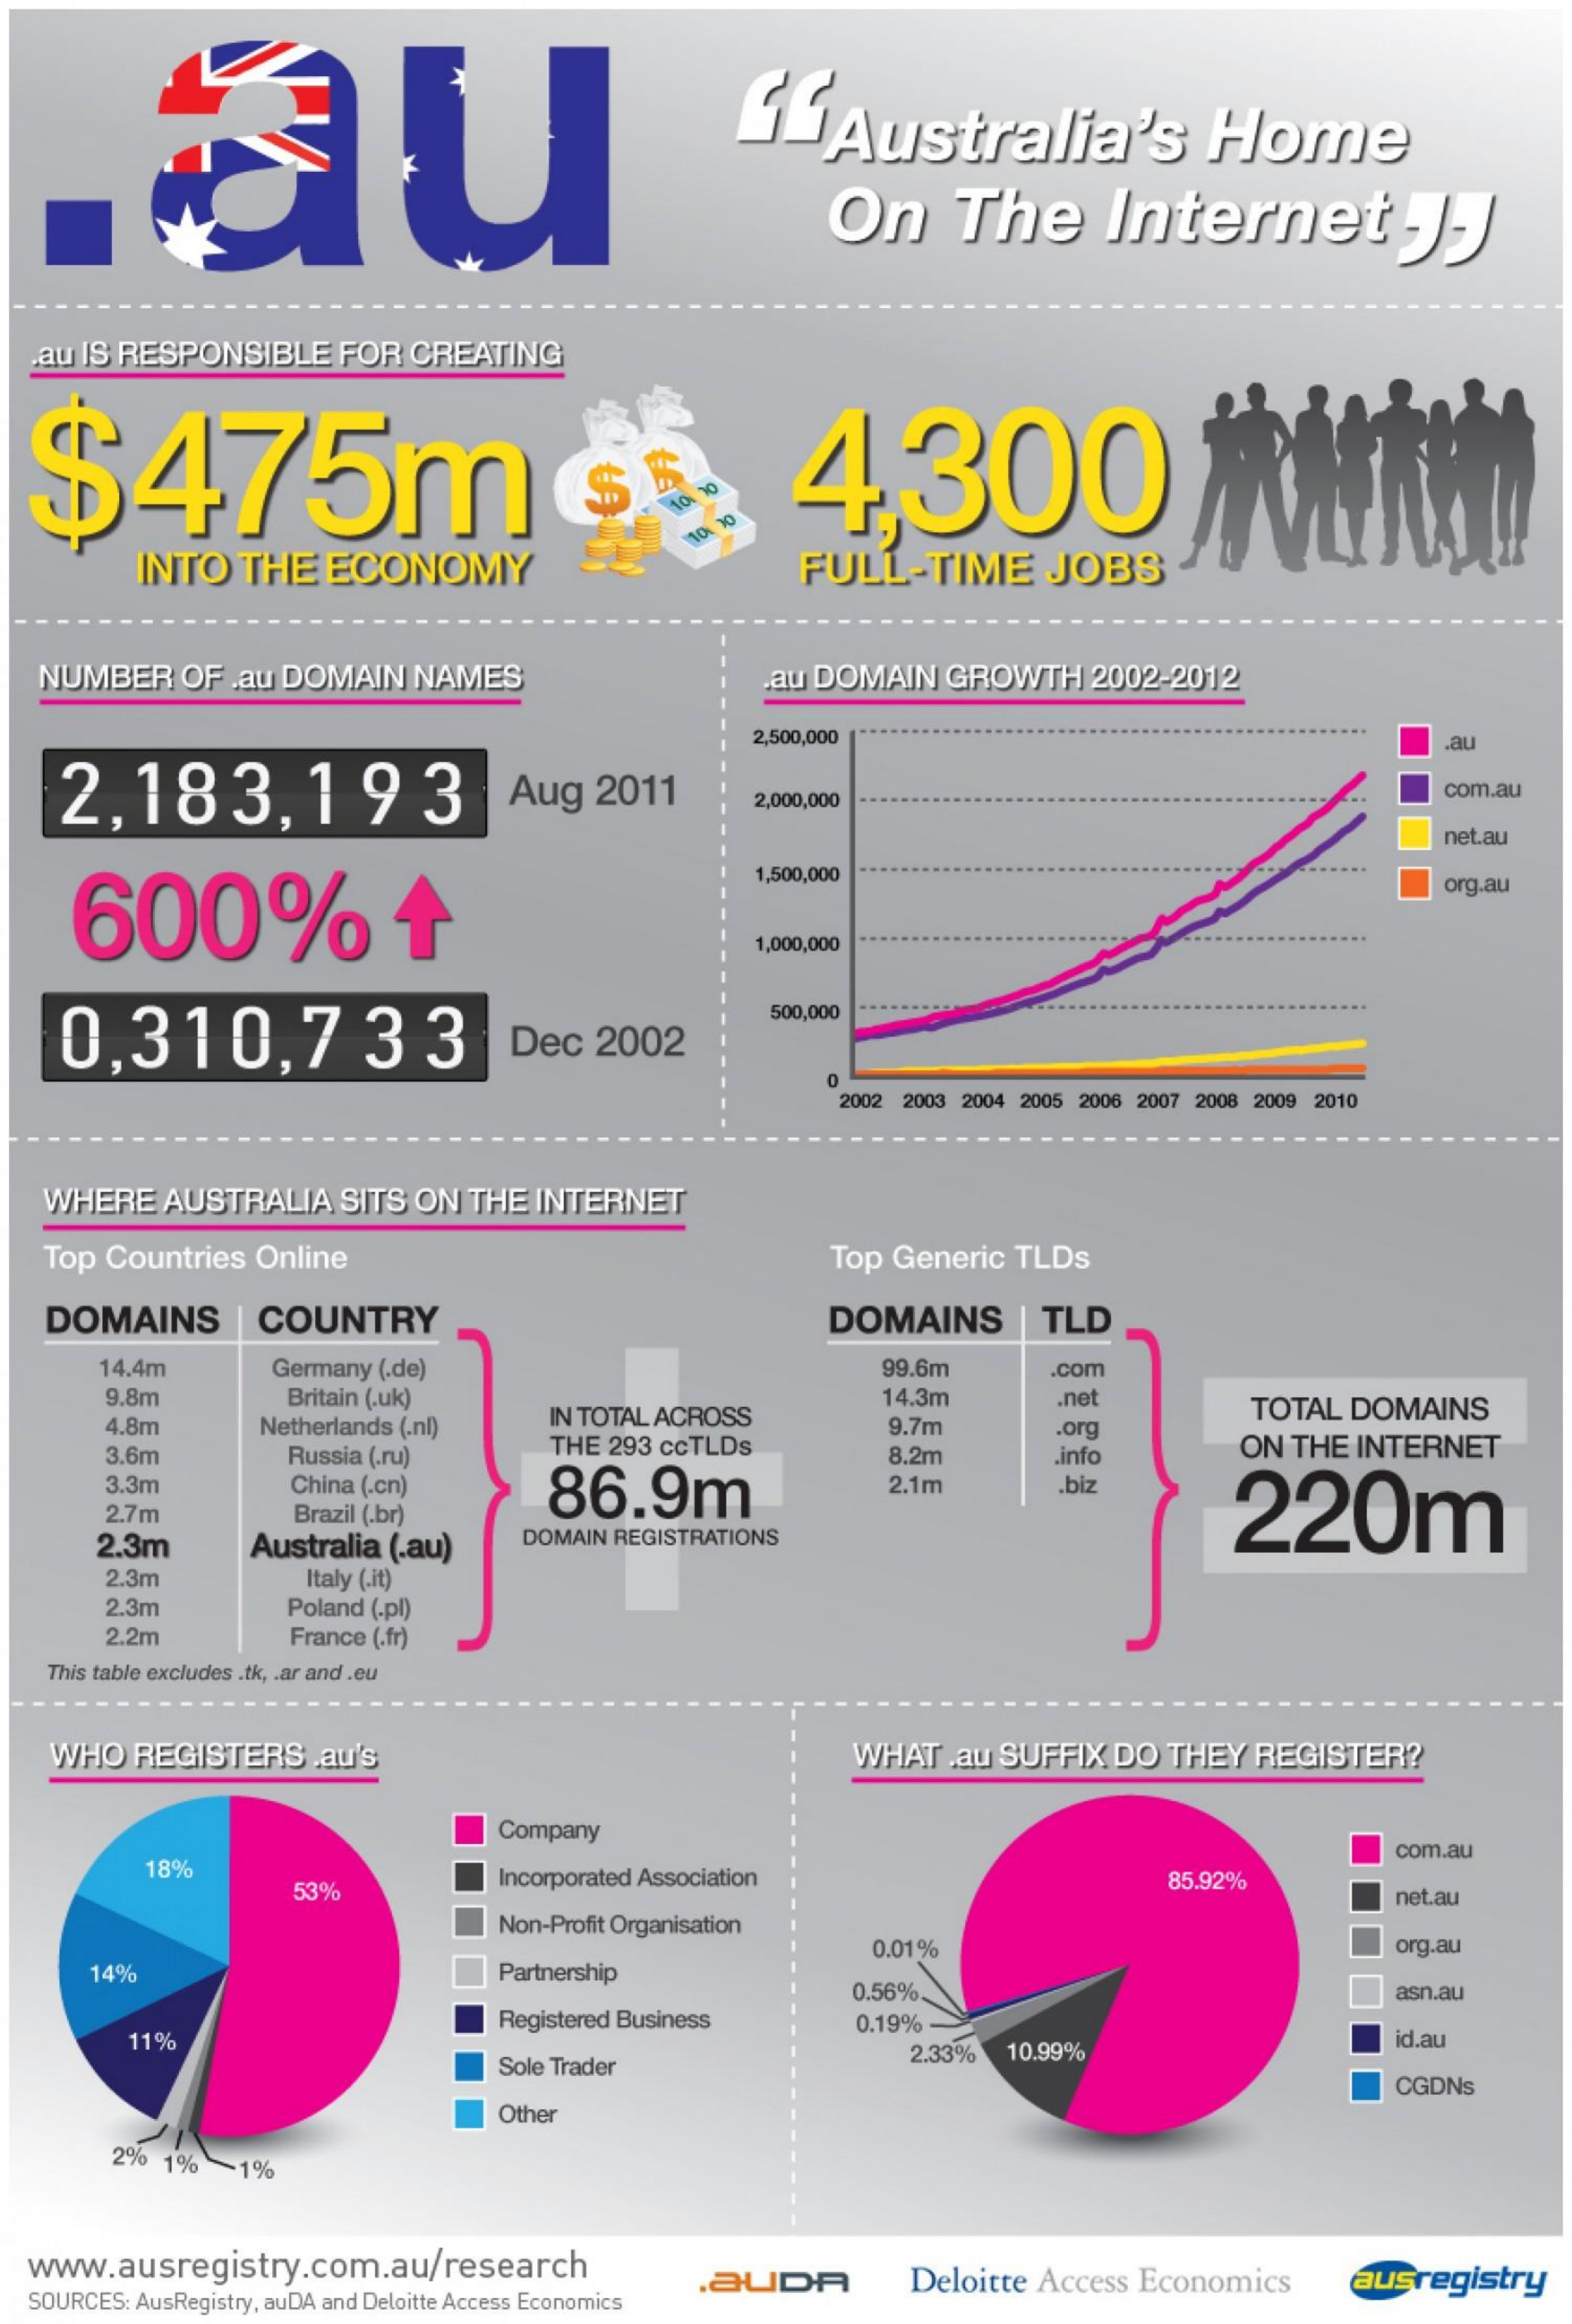
au    Australia's    Home
     On    The    Internet    .]
   .au IS RESPONSIBLE    FOR   CREATING
  $475m    4,300
     INTO    THE    ECONOMY    FULL-TIME    JOBS
   NUMBER    OF   au DOMAIN    NAMES    au  DOMAIN    GROWTH    2002-2012
     2,500,000    au
     2,183,193    Aug    2011    2,000,000    com.au
     net.au
     600%    +
     1,500,000    org.au
     1,000,000
     0,310,733    Dec    2002
     500,000
     0
     2002 2003 2004 2005 2006 2007 2008 2009 2010
    WHERE    AUSTRALIA    SITS   ON  THE  INTERNET
    Top  Countries   Online    Top  Generic   TLDs
    DOMAINS    | COUNTRY    DOMAINS    | TLD
     14.4m    Germany  (.de)    99.6m    .com
     9.8m    Britain (.uk)
     4.8m    IN TOTAL ACROSS
     14.3m
     Netherlands (.nl)
     .net
     9.7m
     TOTAL   DOMAINS
     .org
     3.6m    Russia (.ru)
     THE  293 ccTLDs    8.2m    .info    ON THE   INTERNET
     3.3m    China (.cn)    86.9m    2.1m    .biz
     220m 2.7m Brazil (.br)
     2.3m    Australia  (.au)    DOMAIN REGISTRATIONS
     2.3m    Italy (.it)
     2.3m    Poland (.pl)
     2.2m    France (.fr)
    This table excludes .tk, . ar and .eu
    WHO    REGISTERS    .au's    WHAT    au  SUFFIX   DO   THEY   REGISTER?
     Company
     18%
     com.au
     53%
     Incorporated Association    85.92%
     net.au
     Non-Profit Organisation
     14%    Partnership
     0.01%    org.au
     Registered Business
     0.56%.    asn.au
     11%
     0.19%
     Sole Trader
     2.33%   10.99%
     id.au
     CGDNs
     Other
     2%  1%    1%
   www.ausregistry.com.au/research
   SOURCES: AusRegistry, auDA and Deloitte Access Economics
     .BUDA    Deloitte  Access   Economics    ausregistry